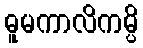
ဓူမကာလိကမ္ပိ